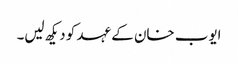
ایوب خان کے عہد کو دیکھ لیں۔